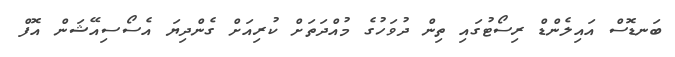
ބަނޑޮސް އައިލެންޑް ރިސޯޓުގައި ތިން ދުވަހުގެ މުއްދަތަށް ކުރިއަށް ގެންދިޔަ އެސޯސިއޭޝަން އޮފް